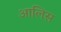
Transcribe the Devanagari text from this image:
आलिस